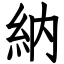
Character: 納